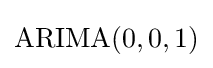
{\text{ARIMA}}(0,0,1)